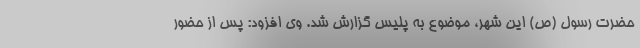
حضرت رسول (ص) این شهر، موضوع به پلیس گزارش شد. وی افزود: پس از حضور